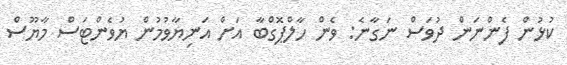
ކުޅުން ފެންނަން ދުވަސް ނަގާނެ: ވެން ހާލްޕޮގްބާ އަށް އަނިޔާވުމުން ޔުވެންޓަސް މާޔޫސް